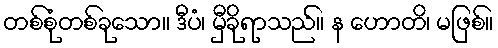
တစ်စုံတစ်ခုသော။ ဒီပံ၊ မှီခိုရာသည်။ န ဟောတိ၊ မဖြစ်။